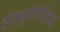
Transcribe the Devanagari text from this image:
डॉक्युमेण्टेशन